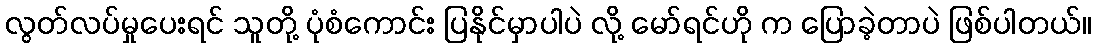
လွတ်လပ်မှုပေးရင် သူတို့ ပုံစံကောင်း ပြနိုင်မှာပါပဲ လို့ မော်ရင်ဟို က ပြောခဲ့တာပဲ ဖြစ်ပါတယ်။